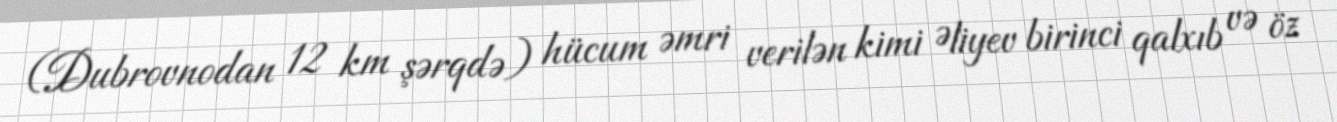
(Dubrovnodan 12 km şərqdə) hücum əmri verilən kimi Əliyev birinci qalxıb və öz